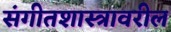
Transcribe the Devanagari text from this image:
संगीतशास्त्रावरील